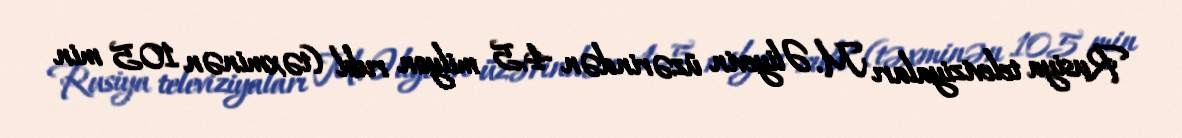
Rusiya televiziyaları M. Əliyevin üzərindən 4,5 milyon rubl (təxminən 105 min